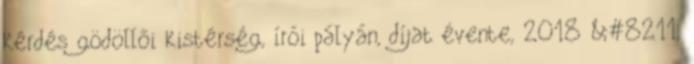
kérdés gödöllői kistérség, írói pályán, díjat évente, 2018 &#8211,